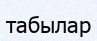
табылар